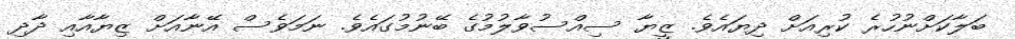
ބަލާކަށްނުހުރެ ކުރިއަށް ދިޔައެވެ. ޒީޔާ ސިއްސުވާލުމުގެ ބޭނުމުގައެވެ. ނަމަވެސް އޭނާއަށް ޒިޔާއާއި ދާދި